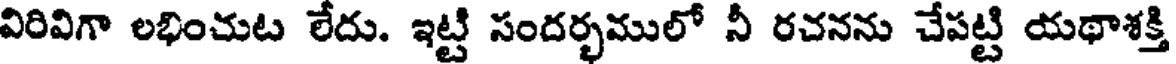
విరివిగా లభించుట లేదు. ఇట్టి సందర్భములో నీ రచనను చేపట్టి యథాశక్తి